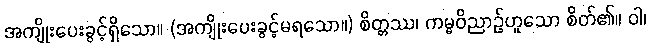
အကျိုးပေးခွင့်ရှိသော။ (အကျိုးပေးခွင့်မရသော။) စိတ္တဿ၊ ကမ္မဝိညာဉ်ဟူသော စိတ်၏။ ဝါ၊